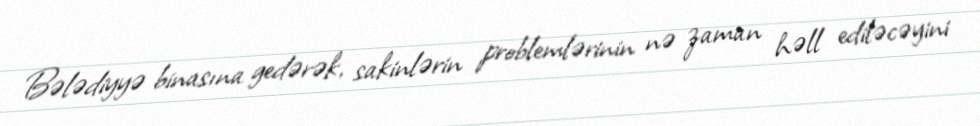
Bələdiyyə binasına gedərək, sakinlərin problemlərinin nə zaman həll ediləcəyini